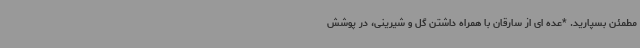
مطمئن بسپارید. *عده ای از سارقان با همراه داشتن گل و شیرینی، در پوشش